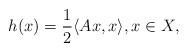
LaTeX: \begin{align*}h(x)=\frac{1}{2}\langle Ax, x\rangle,x\in X, \end{align*}